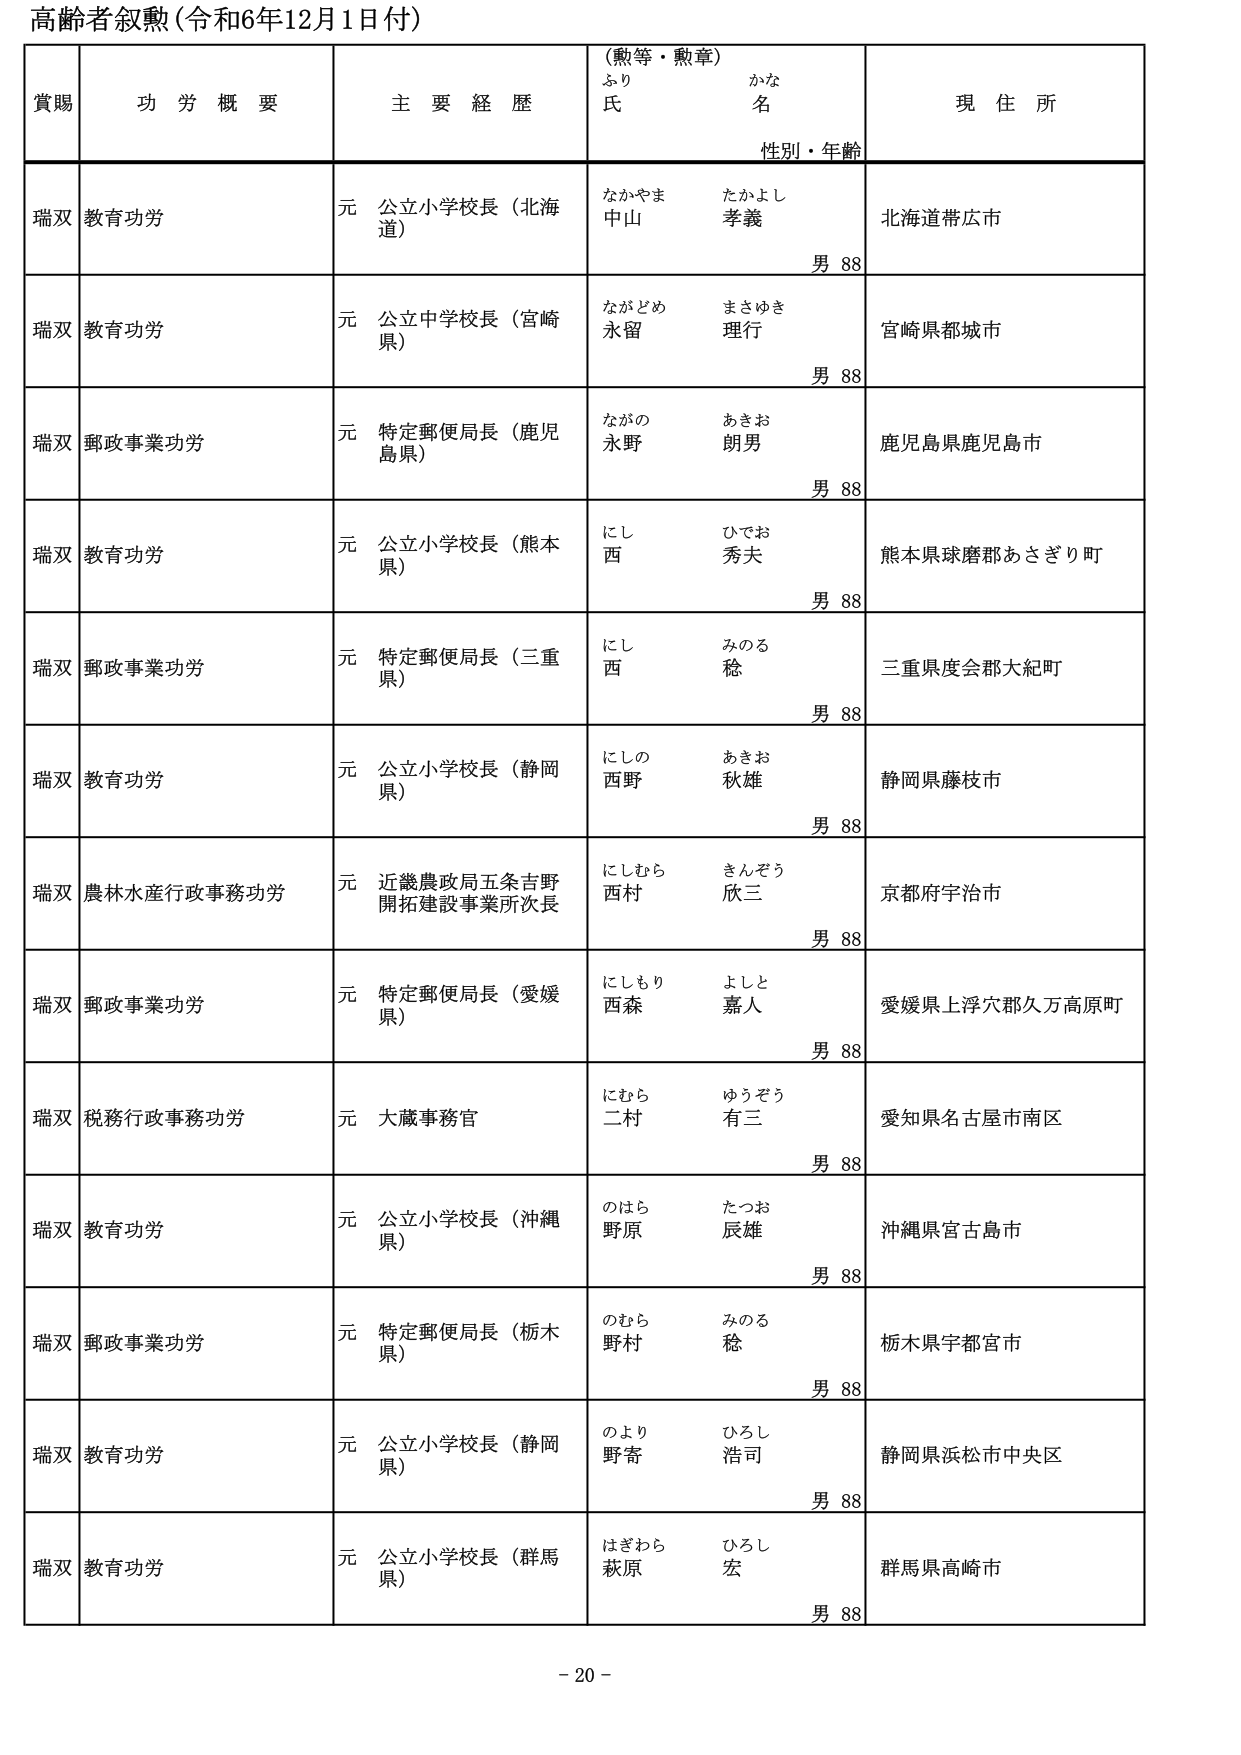
高齢者叙勲（令和6年12月1日付）

賞賜　　功労概要　　主要経歴　　（勲等・勲章）　　現住所
　　　　　　　　　　　　　　ふり　　　　かな
　　　　　　　　　　　　　　氏　　　　名
　　　　　　　　　　　　　　性別・年齢

瑞双　教育功労　　元 公立小学校長（北海道）　　なかやま　たかよし　　北海道帯広市
　　　　　　　　　　　　　　　　　　　　　　中山　孝義　　　　　　　　男 88

瑞双　教育功労　　元 公立中学校長（宮崎県）　　ながどめ　まさゆき　　宮崎県都城市
　　　　　　　　　　　　　　　　　　　　　　永留　理行　　　　　　　　男 88

瑞双　郵政事業功労　元 特定郵便局長（鹿児島県）　ながの　あきお　　鹿児島県鹿児島市
　　　　　　　　　　　　　　　　　　　　　　永野　朗男　　　　　　　　男 88

瑞双　教育功労　　元 公立小学校長（熊本県）　　にし　ひでお　　熊本県球磨郡あさぎり町
　　　　　　　　　　　　　　　　　　　　　　西　秀夫　　　　　　　　男 88

瑞双　郵政事業功労　元 特定郵便局長（三重県）　　にし　みのる　　三重県度会郡大紀町
　　　　　　　　　　　　　　　　　　　　　　西　稔　　　　　　　　男 88

瑞双　教育功労　　元 公立小学校長（静岡県）　　にしの　あきお　　静岡県藤枝市
　　　　　　　　　　　　　　　　　　　　　　西野　秋雄　　　　　　　　男 88

瑞双　農林水産行政事務功労　元 近畿農政局五条吉野開拓建設事業所次長　　にしむら　きんぞう　　京都府宇治市
　　　　　　　　　　　　　　　　　　　　　　　　　　　　　　　　　　西村　欣三　　　　　　　　男 88

瑞双　郵政事業功労　　元 特定郵便局長（愛媛県）　　にしもり　よしと　　愛媛県上浮穴郡久万高原町
　　　　　　　　　　　　　　　　　　　　　　西森　嘉人　　　　　　　　男 88

瑞双　税務行政事務功労　元 大蔵事務官　　にむら　ゆうぞう　　愛知県名古屋市南区
　　　　　　　　　　　　　　　　　　　　　　二村　有三　　　　　　　　男 88

瑞双　教育功労　　元 公立小学校長（沖縄県）　　のはら　たつお　　沖縄県宮古島市
　　　　　　　　　　　　　　　　　　　　　　野原　辰雄　　　　　　　　男 88

瑞双　郵政事業功労　元 特定郵便局長（栃木県）　　のむら　みのる　　栃木県宇都宮市
　　　　　　　　　　　　　　　　　　　　　　野村　稔　　　　　　　　男 88

瑞双　教育功労　　元 公立小学校長（静岡県）　　のより　ひろし　　静岡県浜松市中央区
　　　　　　　　　　　　　　　　　　　　　　野寄　浩司　　　　　　　　男 88

瑞双　教育功労　　元 公立小学校長（群馬県）　　はぎわら　ひろし　　群馬県高崎市
　　　　　　　　　　　　　　　　　　　　　　萩原　宏　　　　　　　　男 88

- 20 -